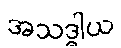
အသဒ္ဓါယ